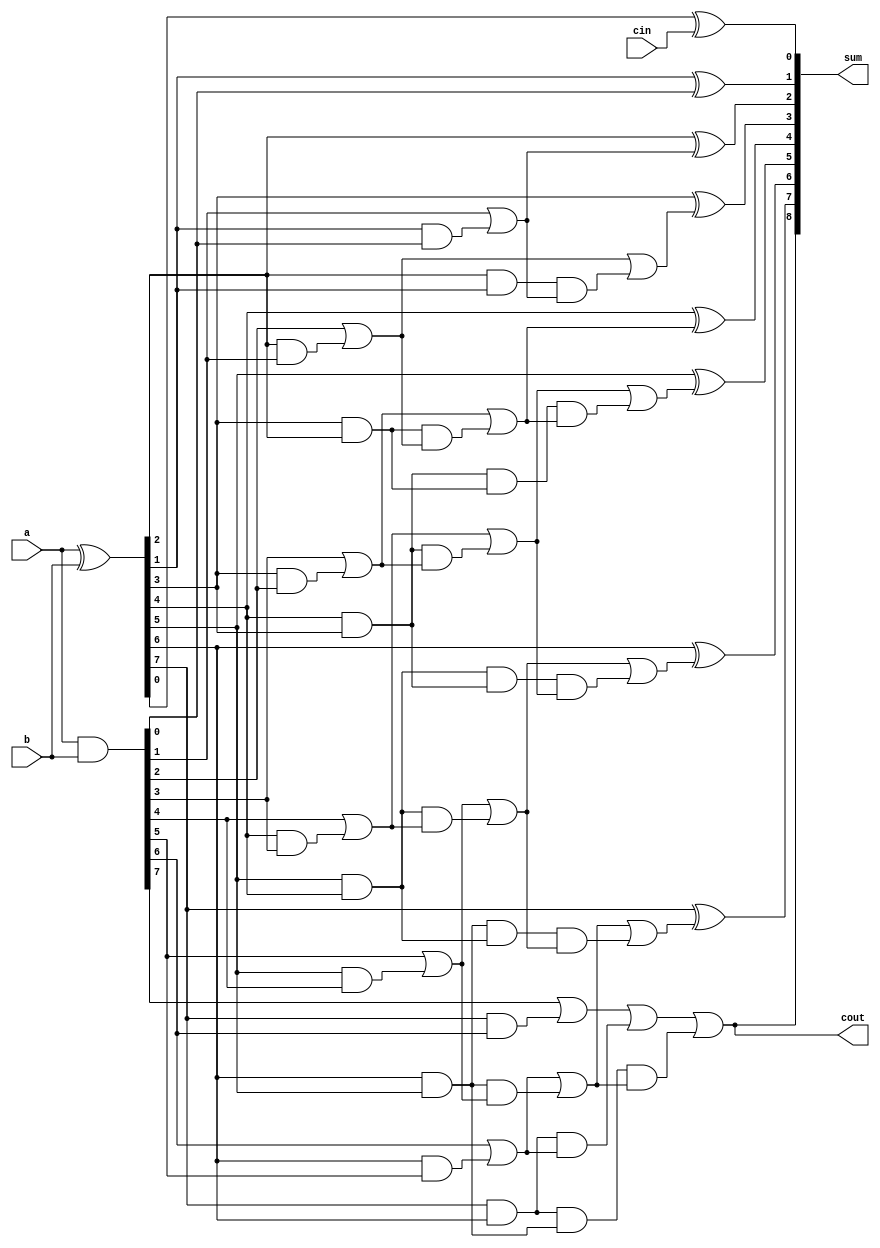
`timescale 1ns / 1ps
//////////////////////////////////////////////////////////////////////////////////
// Company: 
// Engineer: 
// 
// Design Name: 
// Module Name: kogge_adder_8bit
// Project Name: 
// Target Devices: 
// Tool Versions: 
// Description: 
// 
// Dependencies: 
// 
// Revision:
// Revision 0.01 - File Created
// Additional Comments:
// 
//////////////////////////////////////////////////////////////////////////////////


module kogge_adder_8bit(input [7:0] a,
    input [7:0] b,
    input cin,
    
    output cout,
    output  [8:0] sum
    );
    wire [7:0] p,y,g,cg,cp,ccg,ccp,cccp,cccg,c;
    assign p=a^b;
    assign g = a & b;
    assign cp[0]=p[0], 
    cp[1]=p[1]&p[0],
    cp[2]=p[2]&p[1],
    cp[3]=p[3]&p[2],
    cp[4]=p[4]&p[3],
    cp[5]=p[5]&p[4],
    cp[6]=p[6]&p[5],
    cp[7]=p[7]&p[6];
    assign cg[0]=g[0],
           cg[1]=g[1]|(p[1]&g[0]),
           cg[2]=g[2]|(p[2]&g[1]),
           cg[3]=g[3]|(p[3]&g[2]),
        cg[4]=g[4]|(p[4]&g[3]),
         cg[5]=g[5]|(p[5]&g[4]),
        cg[6]=g[6]|(p[6]&g[5]), cg[7]=g[7]|(p[7]&g[6]);       
    assign ccp[1]=cp[1],ccp[0]=cp[0],ccp[2]=cp[2]&cp[1],
            ccp[3]=cp[2]&cp[3],ccp[4]=cp[4]&cp[3],ccp[5]=cp[5]&cp[4],
            ccp[6]=cp[6]&cp[5],ccp[7]=cp[7]&cp[6];
    assign ccg[0]=cg[0],ccg[1]=cg[1],ccg[2]=cg[2]|(cp[2]&cg[1]),ccg[3]=cg[3]|(cp[3]&cg[2]),
    ccg[4]=cg[4]|(cp[4]&cg[3]),ccg[5]=cg[5]|(cp[5]&cg[4]),ccg[6]=cg[6]|(cp[6]&cg[5]),
        ccg[7]=cg[7]|(cp[7]&cg[6]);
    assign cccp[0]=ccp[0],cccp[1]=ccp[1],cccp[2]=ccp[2],cccp[3]=ccp[3],
     cccp[4]=ccp[4]&ccp[3], cccp[5]=ccp[5]&ccp[4], cccp[6]=ccp[6]&ccp[5],
      cccp[7]=ccp[7]&ccp[6];
    assign cccg[0]=ccg[0],cccg[1]=ccg[1],cccg[2]=ccg[2],cccg[3]=ccg[3],
     cccg[4]=ccg[4]|(ccp[4]&ccg[3]), cccg[5]=ccg[5]|(ccp[5]&ccg[4]),
      cccg[6]=ccg[6]|(ccp[6]&ccg[5]), cccg[7]=ccg[7]|(ccp[7]&ccg[6]);
    assign c=cccg;
    assign y[0]=p[0]^cin, y[1]=p[1]^c[0],y[2]=p[2]^c[1],y[3]=p[3]^c[2],
    y[4]=p[4]^c[3],y[5]=p[5]^c[4],y[6]=p[6]^c[5],y[7]=p[7]^c[6];
    assign cout = c[7];
  assign sum={cout,y};
endmodule